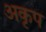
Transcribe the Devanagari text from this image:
अकृप